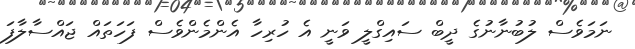
ނަަމަވެސް ލުބުނާނުގެ ދީބް ސައިގްލީ ވަނީ އެ ހުރިހާ އެންމެންވެސް ފަހަތައް ޖައްސާލާފަ